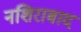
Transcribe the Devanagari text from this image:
नशिराबाद